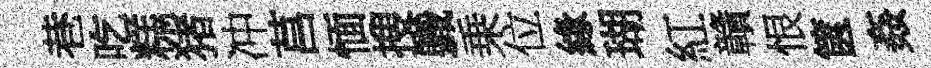
巷吃糕猪冲莒愐搜軄乗位緣瑚紅贛恨篋姦